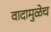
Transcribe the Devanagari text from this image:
वादामुळेच